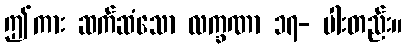
ဤကား ဆက်ဆံသော လက္ခဏာ ၁၇- ပါးတည်း။